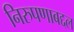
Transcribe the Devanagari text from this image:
निरुपणाबद्दल